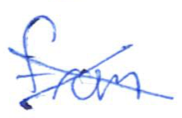
Text: from
Cross-out: mix
Writing tool: ballpoint